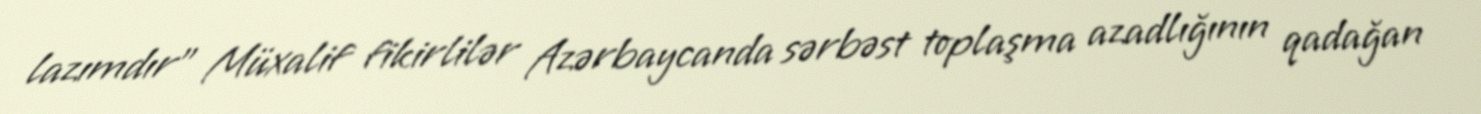
lazımdır” Müxalif fikirlilər Azərbaycanda sərbəst toplaşma azadlığının qadağan